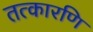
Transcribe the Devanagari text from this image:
तत्कारणि